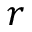
r